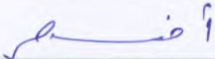
أفسحر